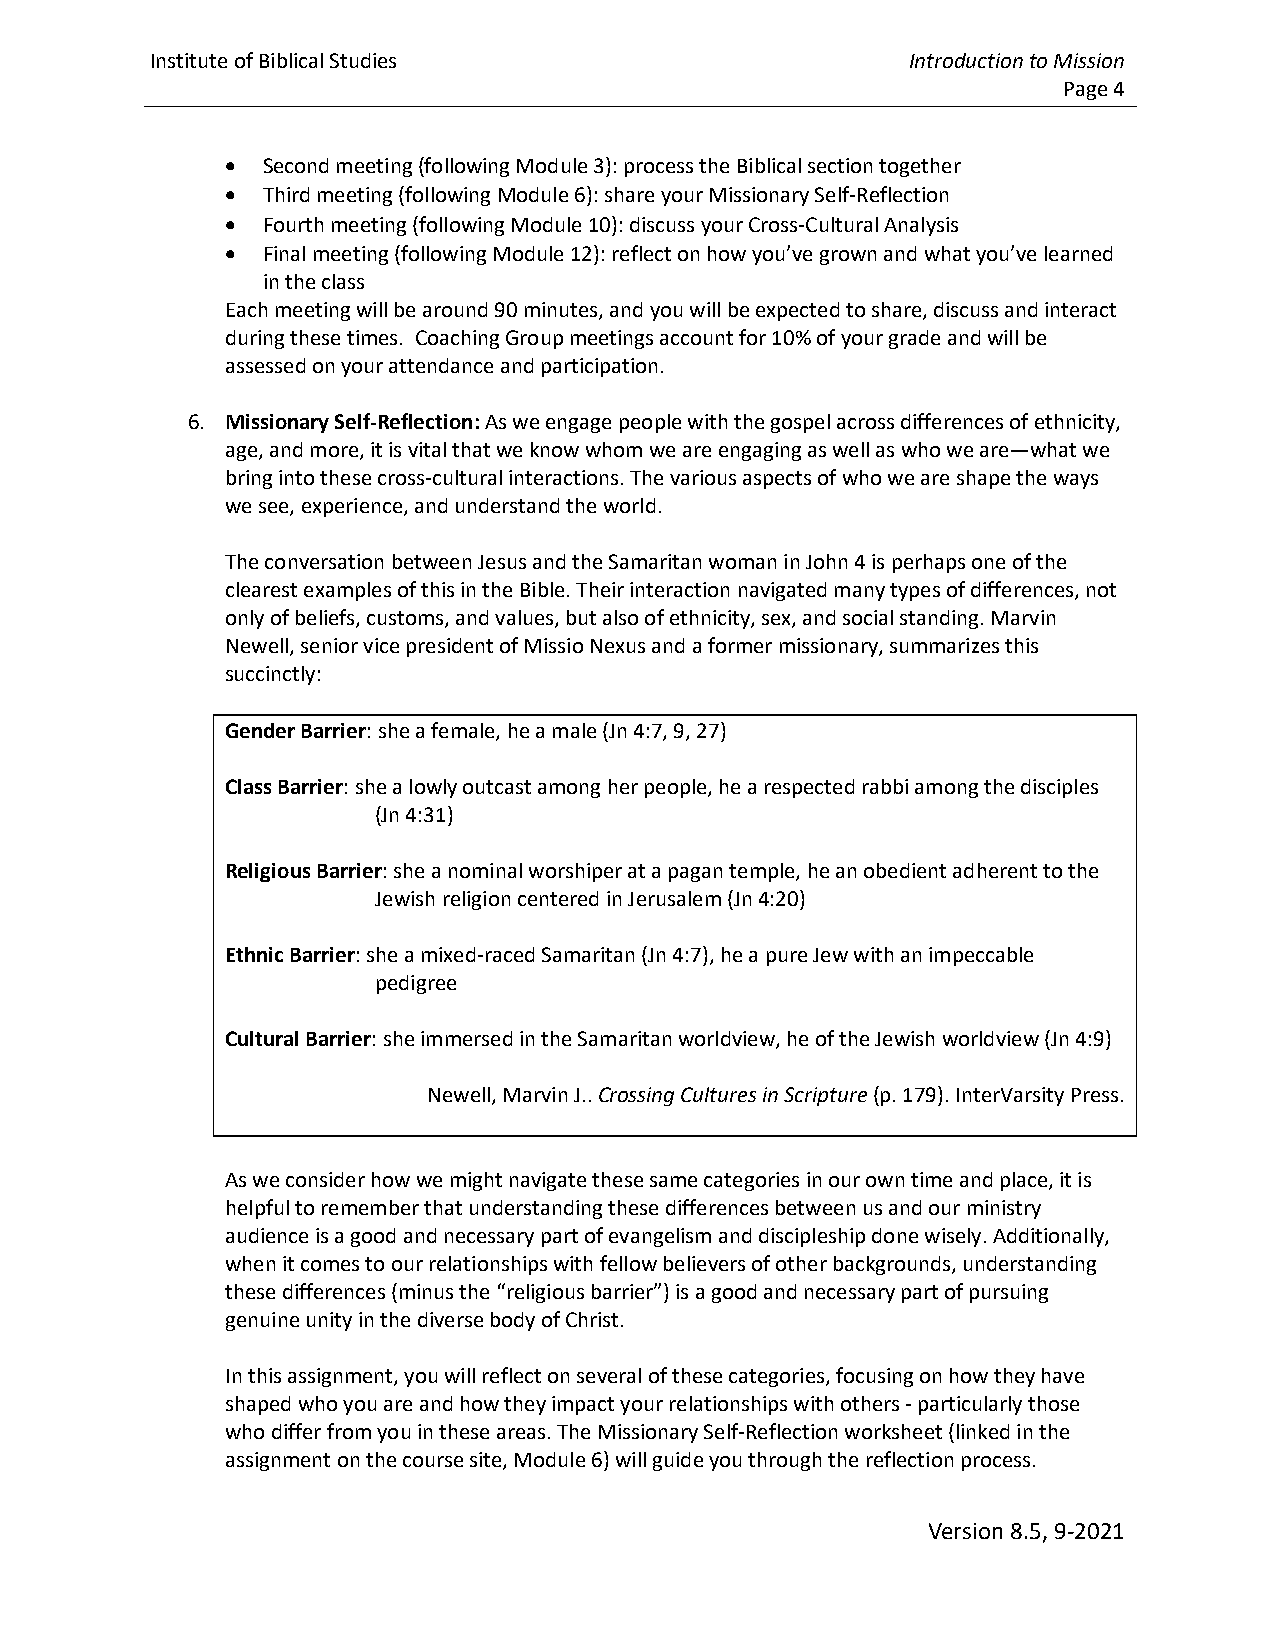
Institute of Biblical Studies                     Introduction to Mission
 Page 4
 • Second meeting (following Module 3): process the Biblical section together
 • Third meeting (following Module 6): share your Missionary Self-Reflection
 • Fourth meeting (following Module 10): discuss your Cross-Cultural Analysis
 • Final meeting (following Module 12): reflect on how you’ve grown and what you’ve learned
 in the class
 Each meeting will be around 90 minutes, and you will be expected to share, discuss and interact
 during these times. Coaching Group meetings account for 10% of your grade and will be
 assessed on your attendance and participation.
 6. Missionary Self-Reflection: As we engage people with the gospel across differences of ethnicity,
 age, and more, it is vital that we know whom we are engaging as well as who we are—what we
 bring into these cross-cultural interactions. The various aspects of who we are shape the ways
 we see, experience, and understand the world.
 The conversation between Jesus and the Samaritan woman in John 4 is perhaps one of the
 clearest examples of this in the Bible. Their interaction navigated many types of differences, not
 only of beliefs, customs, and values, but also of ethnicity, sex, and social standing. Marvin
 Newell, senior vice president of Missio Nexus and a former missionary, summarizes this
 succinctly:
 Gender Barrier: she a female, he a male (Jn 4:7, 9, 27)
 Class Barrier: she a lowly outcast among her people, he a respected rabbi among the disciples
 (Jn 4:31)
 Religious Barrier: she a nominal worshiper at a pagan temple, he an obedient adherent to the
 Jewish religion centered in Jerusalem (Jn 4:20)
 Ethnic Barrier: she a mixed-raced Samaritan (Jn 4:7), he a pure Jew with an impeccable
 pedigree
 Cultural Barrier: she immersed in the Samaritan worldview, he of the Jewish worldview (Jn 4:9)
 Newell, Marvin J.. Crossing Cultures in Scripture (p. 179). InterVarsity Press.
 As we consider how we might navigate these same categories in our own time and place, it is
 helpful to remember that understanding these differences between us and our ministry
 audience is a good and necessary part of evangelism and discipleship done wisely. Additionally,
 when it comes to our relationships with fellow believers of other backgrounds, understanding
 these differences (minus the “religious barrier”) is a good and necessary part of pursuing
 genuine unity in the diverse body of Christ.
 In this assignment, you will reflect on several of these categories, focusing on how they have
 shaped who you are and how they impact your relationships with others - particularly those
 who differ from you in these areas. The Missionary Self-Reflection worksheet (linked in the
 assignment on the course site, Module 6) will guide you through the reflection process.
 Version 8.5, 9-2021